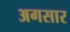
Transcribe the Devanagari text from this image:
अगसार